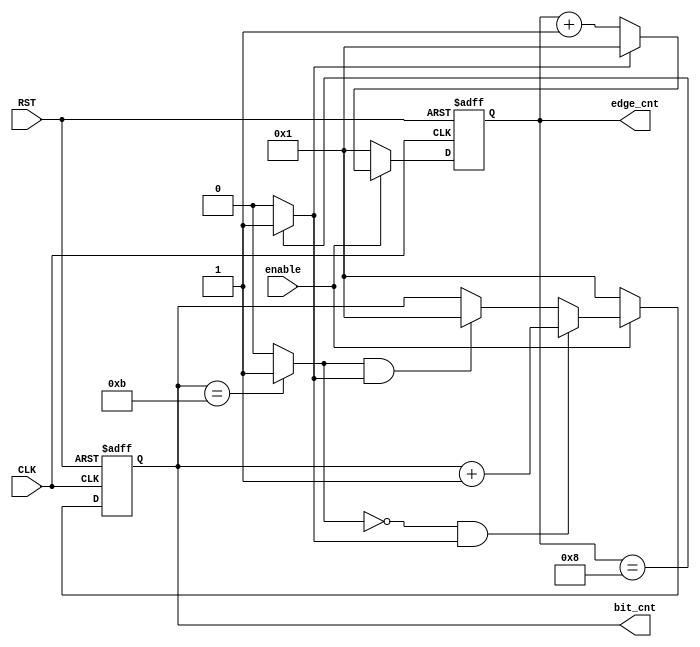
/*
   ******  edge_bit_counter Block ******
   by:
       Mohamed Hazem Mamdouh
       10-9-2022
       3:54 PM   
*/
`timescale 1us/1ns
module edge_bit_count
(
    input  wire                        CLK,
    input  wire                        RST,
    input  wire                        enable,
    output reg      [3:0]              bit_cnt,
    output reg      [3:0]              edge_cnt

);
//internal signal

wire       bit_count,edge_count;     

// seq always block for count number of bits

always@(posedge CLK or negedge RST)
  begin
   if (!RST) 
        begin
        bit_cnt      <= 1'b1;
        end
   else if (enable)
        begin
        if(!bit_count && edge_count)
        begin
        bit_cnt <= bit_cnt + 1'b1;
        end
        else if (bit_count && edge_count)
        begin
        bit_cnt <= 'b1 ;
        end
        end 
     else if (!enable) 
        bit_cnt <= 1'b1;       
  end

// seq always block for count number of edges

always@(posedge CLK or negedge RST)
  begin
   if (!RST) 
        begin
        edge_cnt     <= 1'b1;
        end
   else if (enable)
        begin
        if(!edge_count)
        begin
        edge_cnt <= edge_cnt + 1'b1;
        end
        else if (edge_count)
        begin
        edge_cnt <= 'b1;
        end
        end
     else if (!enable)
     edge_cnt <=1'b1;   
  end  

// edge_max_flag  &&  bit_max_flag

assign edge_count = (edge_cnt == 4'b1000) ? 1'b1 : 1'b0 ;
assign bit_count  = (bit_cnt  == 4'b1011) ? 1'b1 : 1'b0 ;
endmodule